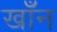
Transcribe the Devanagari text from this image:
खाँन